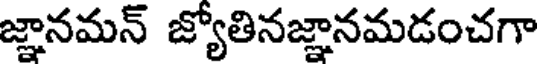
జ్ఞానమన్ జ్యోతినజ్ఞానమడంచగా